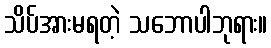
သိပ်အားမရတဲ့ သဘောပါဘုရား။